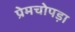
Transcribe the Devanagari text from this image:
प्रेमचोपड़ा